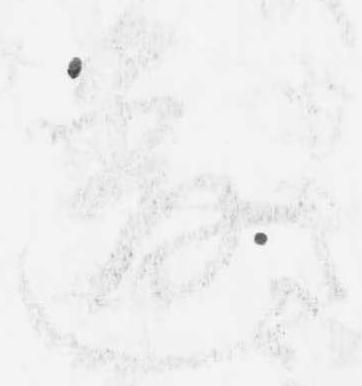
違